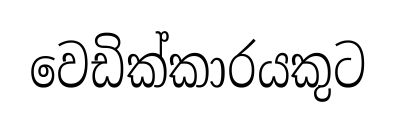
වෙඩික්කාරයකුට